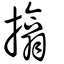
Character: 㩉